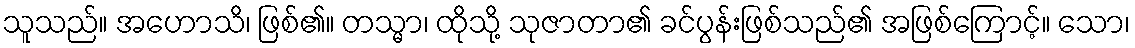
သူသည်။ အဟောသိ၊ ဖြစ်၏။ တသ္မာ၊ ထိုသို့ သုဇာတာ၏ ခင်ပွန်းဖြစ်သည်၏ အဖြစ်ကြောင့်။ သော၊